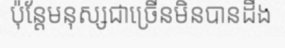
ប៉ុន្តែមនុស្សជាច្រើនមិនបានដឹង